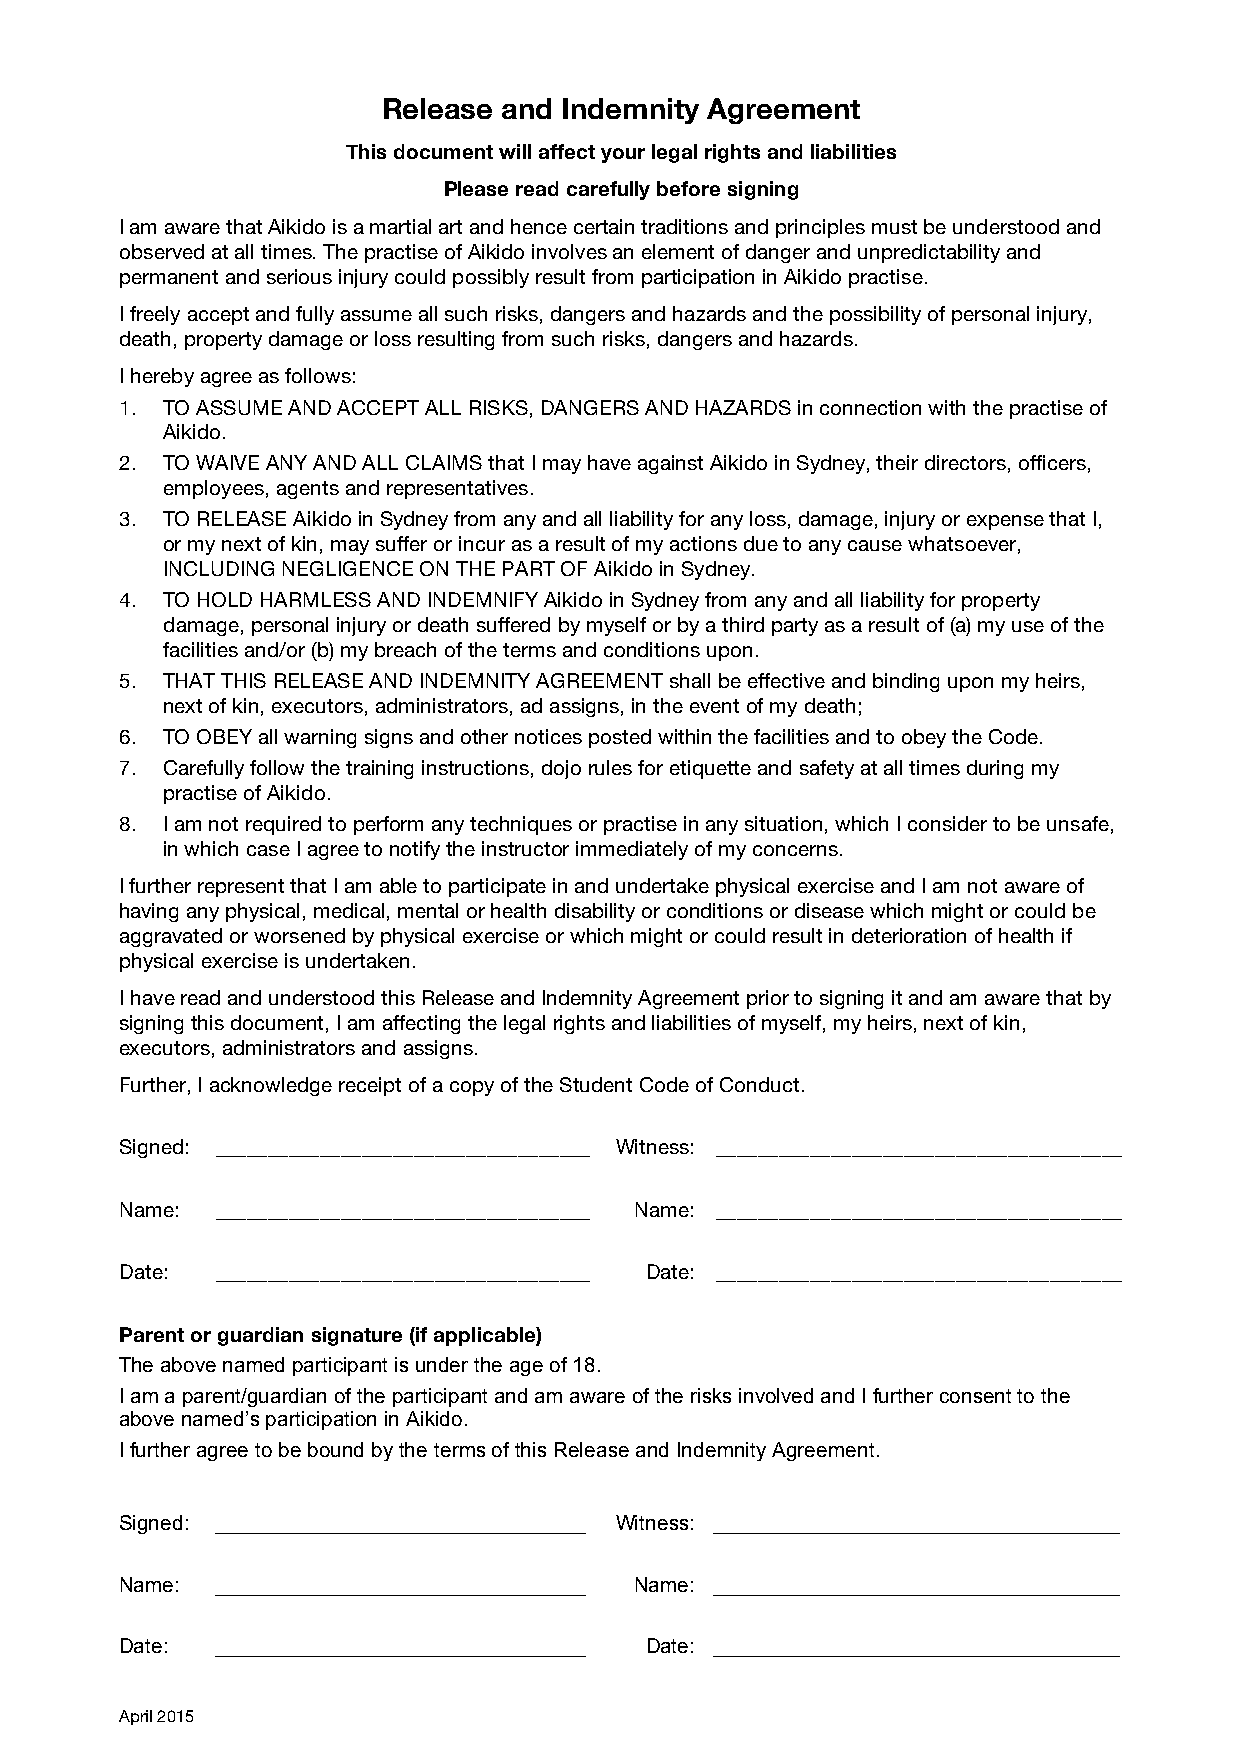
Release and Indemnity Agreement
 This document will affect your legal rights and liabilities
 Please read carefully before signing
 I am aware that Aikido is a martial art and hence certain traditions and principles must be understood and
 observed at all times. The practise of Aikido involves an element of danger and unpredictability and
 permanent and serious injury could possibly result from participation in Aikido practise.
 I freely accept and fully assume all such risks, dangers and hazards and the possibility of personal injury,
 death, property damage or loss resulting from such risks, dangers and hazards.
 I hereby agree as follows:
 1. TO ASSUME AND ACCEPT ALL RISKS, DANGERS AND HAZARDS in connection with the practise of
 Aikido.
 2. TO WAIVE ANY AND ALL CLAIMS that I may have against Aikido in Sydney, their directors, officers,
 employees, agents and representatives.
 3. TO RELEASE Aikido in Sydney from any and all liability for any loss, damage, injury or expense that I,
 or my next of kin, may suffer or incur as a result of my actions due to any cause whatsoever,
 INCLUDING NEGLIGENCE ON THE PART OF Aikido in Sydney.
 4. TO HOLD HARMLESS AND INDEMNIFY Aikido in Sydney from any and all liability for property
 damage, personal injury or death suffered by myself or by a third party as a result of (a) my use of the
 facilities and/or (b) my breach of the terms and conditions upon.
 5. THAT THIS RELEASE AND INDEMNITY AGREEMENT shall be effective and binding upon my heirs,
 next of kin, executors, administrators, ad assigns, in the event of my death;
 6. TO OBEY all warning signs and other notices posted within the facilities and to obey the Code.
 7. Carefully follow the training instructions, dojo rules for etiquette and safety at all times during my
 practise of Aikido.
 8. I am not required to perform any techniques or practise in any situation, which I consider to be unsafe,
 in which case I agree to notify the instructor immediately of my concerns.
 I further represent that I am able to participate in and undertake physical exercise and I am not aware of
 having any physical, medical, mental or health disability or conditions or disease which might or could be
 aggravated or worsened by physical exercise or which might or could result in deterioration of health if
 physical exercise is undertaken.
 I have read and understood this Release and Indemnity Agreement prior to signing it and am aware that by
 signing this document, I am affecting the legal rights and liabilities of myself, my heirs, next of kin,
 executors, administrators and assigns.
 Further, I acknowledge receipt of a copy of the Student Code of Conduct.
 Signed: ____________________________________ Witness: _______________________________________
 Name: ____________________________________ Name: _______________________________________
 Date: ____________________________________ Date: _______________________________________
 Parent or guardian signature (if applicable)
 The above named participant is under the age of 18.
 I am a parent/guardian of the participant and am aware of the risks involved and I further consent to the
 above named’s participation in Aikido.
 I further agree to be bound by the terms of this Release and Indemnity Agreement.
 Signed: ________________________________ Witness: ___________________________________
 Name: ________________________________ Name: ___________________________________
 Date: ________________________________ Date: ___________________________________
 April 2015